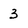
Character: 3